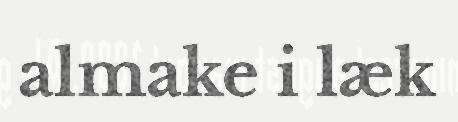
almake i læk